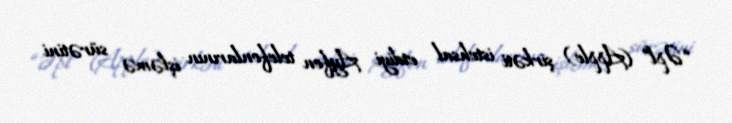
“Əpl” (Apple) şirkəti istehsal etdiyi Ayfon telefonlarının işləmə sürətini